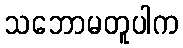
သဘောမတူပါက